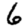
Digit: 6